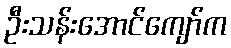
ဦးသန်းအောင်ကျော်က